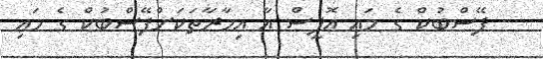
- ފޭސްބުކް ގެ މައި އޮފީސް އާ ޢިމާރާތަކަށްފޭސްބުކް ގެ މައި